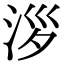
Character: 𣴖